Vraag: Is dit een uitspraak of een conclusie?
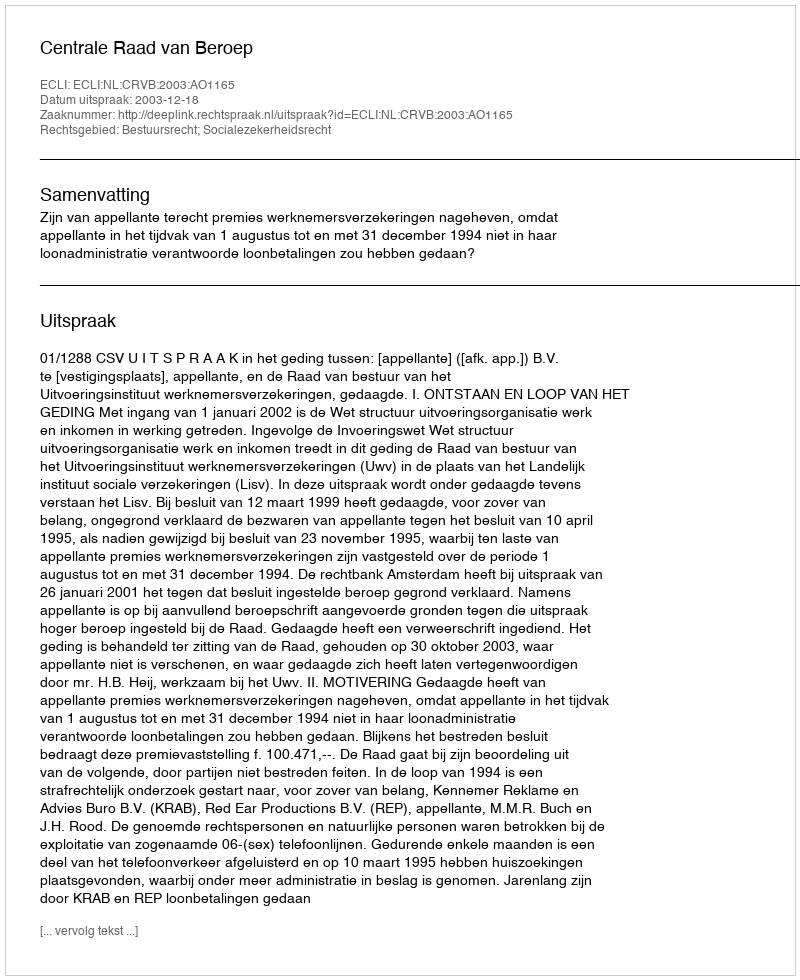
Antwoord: Uitspraak